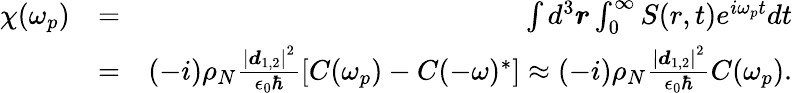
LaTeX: \begin{array}{rlr}{\chi(\omega_{p})}&{=}&{\int d^{3}\boldsymbol r\int_{0}^{\infty}S(r,t)e^{i\omega_{p}t}dt}\\ &{=}&{(-i)\rho_{N}\frac{\left|\boldsymbol d_{1,2}\right|^{2}}{\epsilon_{0}\hbar}\left[C(\omega_{p})-C(-\omega)^{*}\right]\approx(-i)\rho_{N}\frac{\left|\boldsymbol d_{1,2}\right|^{2}}{\epsilon_{0}\hbar}C(\omega_{p}).}\end{array}